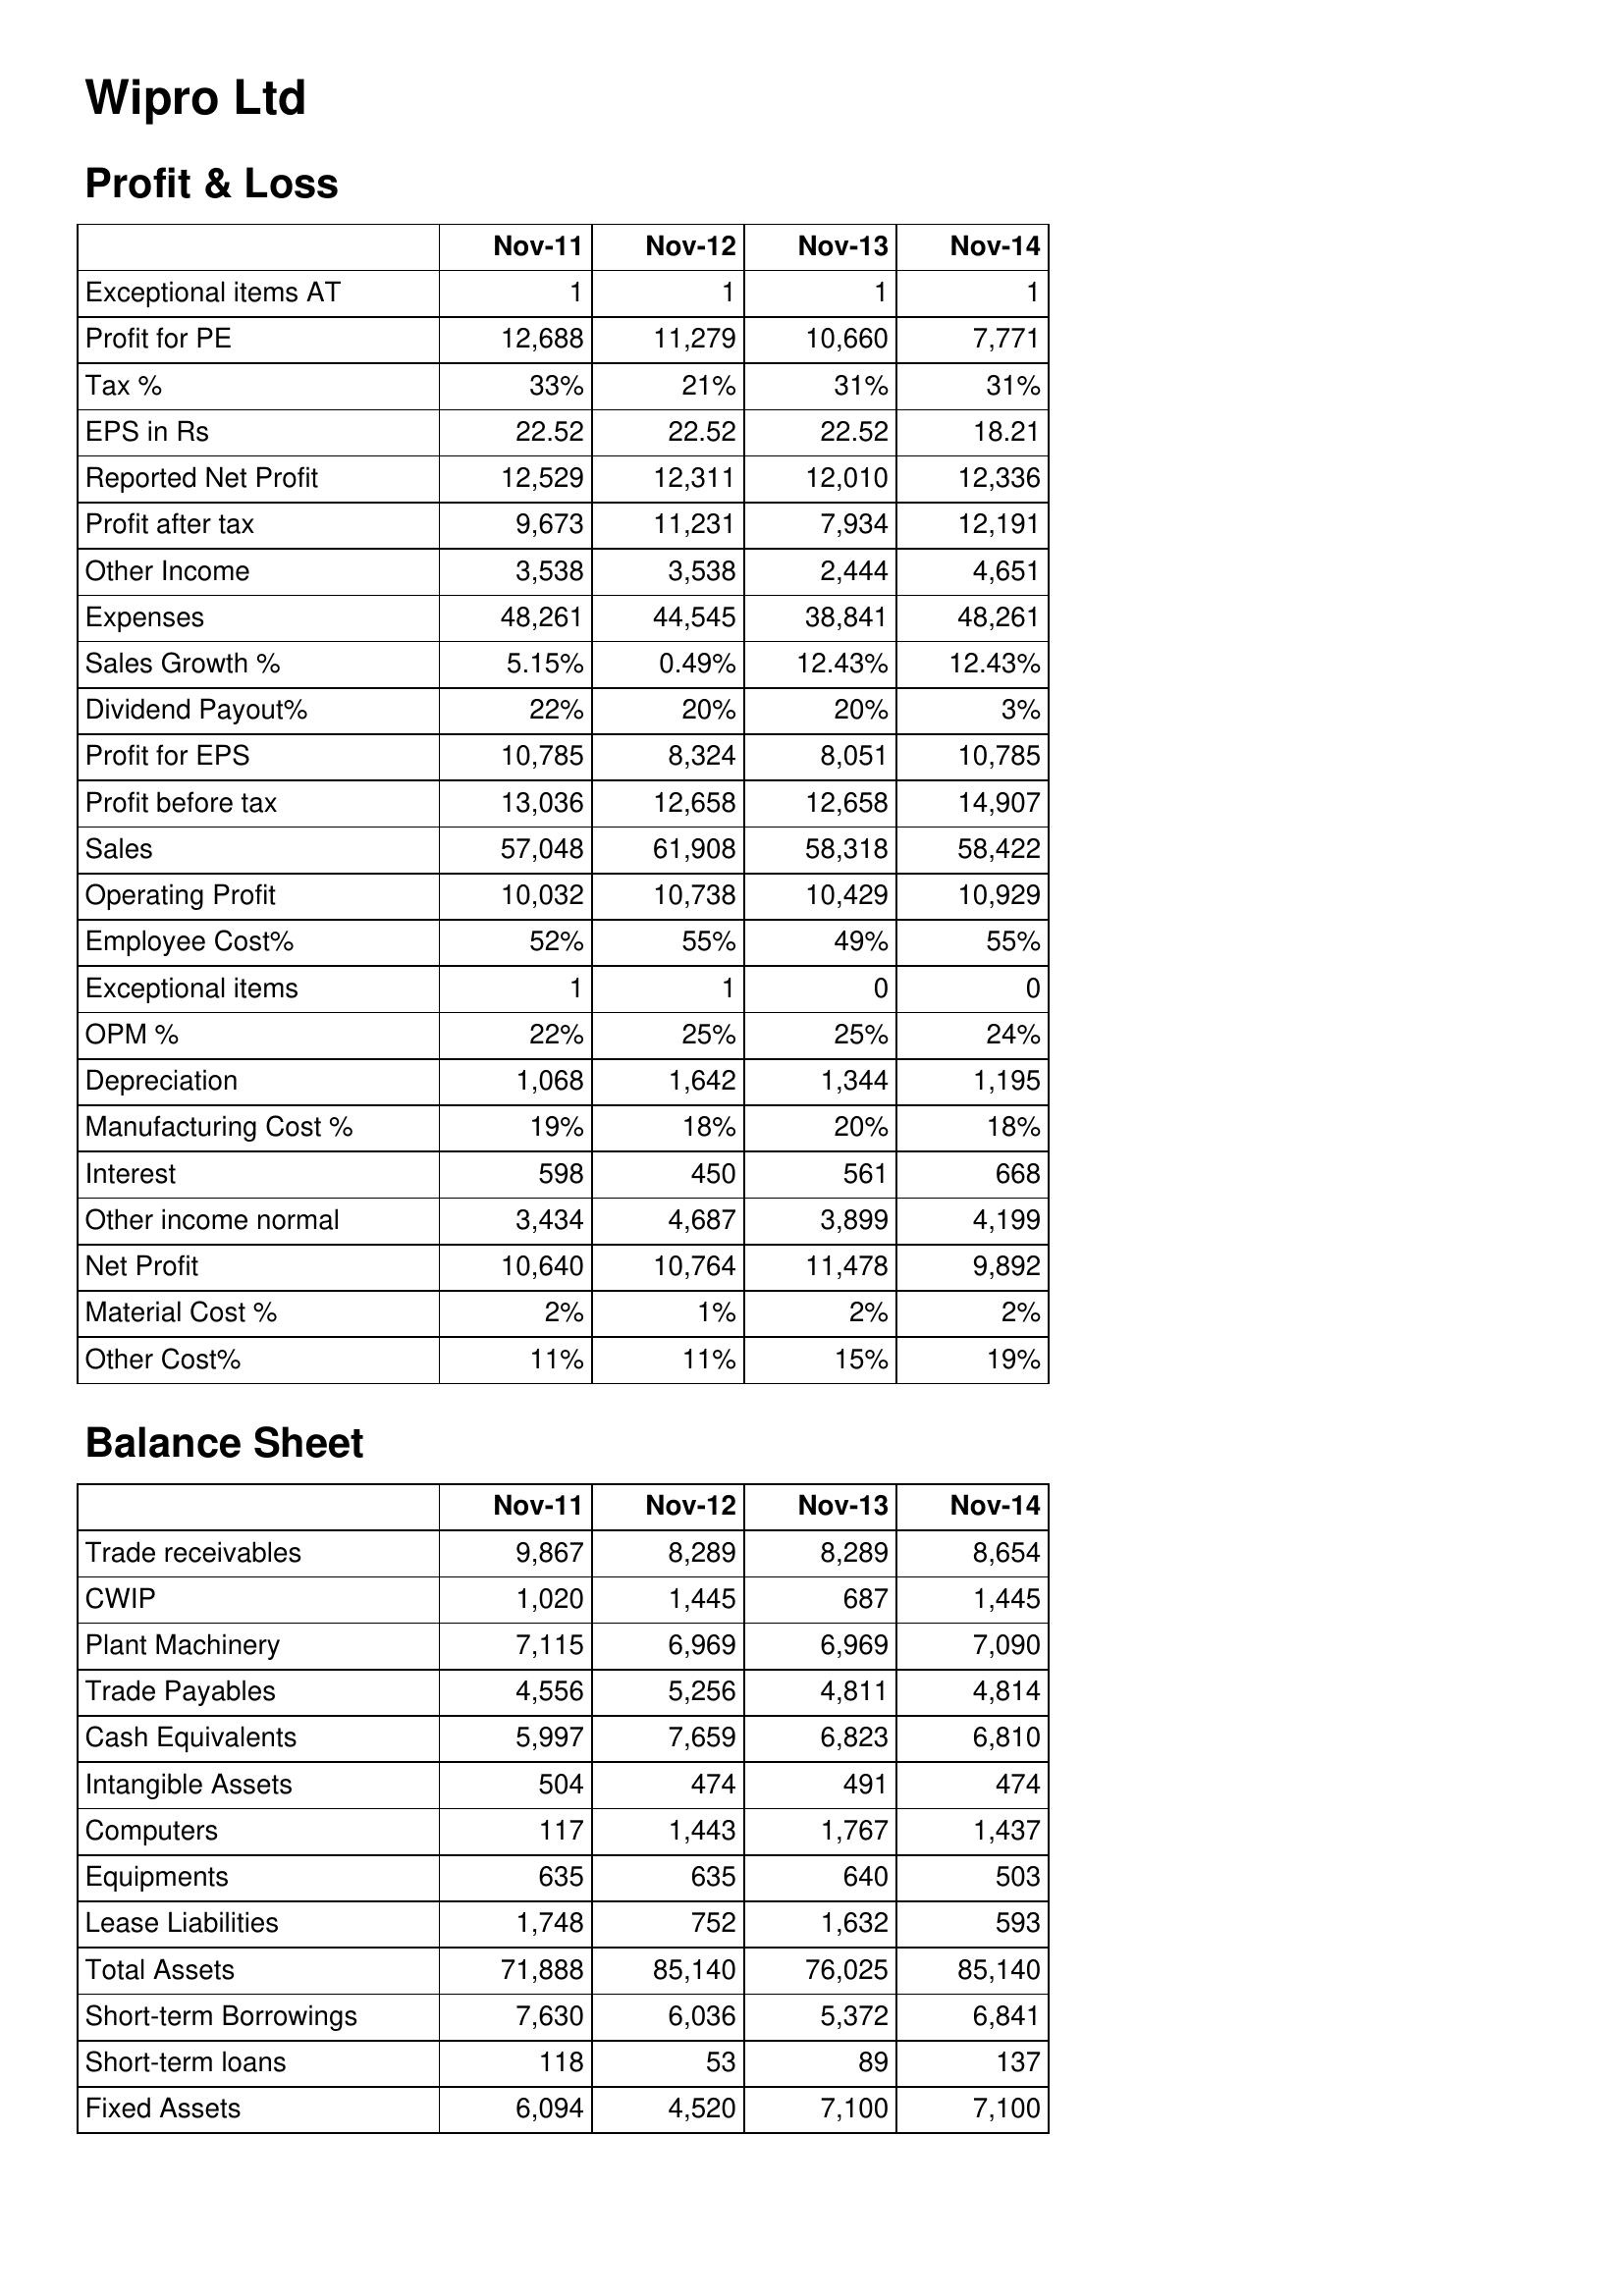
Nov-11: Profit & Loss: Exceptional items AT: 1
Profit for PE: 12,688
Tax %: 33%
EPS in Rs: 22.52
Reported Net Profit: 12,529
Profit after tax: 9,673
Other Income: 3,538
Expenses: 48,261
Sales Growth %: 5.15%
Dividend Payout%: 22%
Profit for EPS: 10,785
Profit before tax: 13,036
Sales: 57,048
Operating Profit: 10,032
Employee Cost%: 52%
Exceptional items: 1
OPM %: 22%
Depreciation: 1,068
Manufacturing Cost %: 19%
Interest: 598
Other income normal: 3,434
Net Profit: 10,640
Material Cost %: 2%
Other Cost%: 11%
Balance Sheet: Trade receivables: 9,867
CWIP: 1,020
Plant Machinery: 7,115
Trade Payables: 4,556
Cash Equivalents: 5,997
Intangible Assets: 504
Computers: 117
Equipments: 635
Lease Liabilities: 1,748
Total Assets: 71,888
Short-term Borrowings: 7,630
Short-term loans: 118
Fixed Assets: 6,094
Nov-12: Profit & Loss: Exceptional items AT: 1
Profit for PE: 11,279
Tax %: 21%
EPS in Rs: 22.52
Reported Net Profit: 12,311
Profit after tax: 11,231
Other Income: 3,538
Expenses: 44,545
Sales Growth %: 0.49%
Dividend Payout%: 20%
Profit for EPS: 8,324
Profit before tax: 12,658
Sales: 61,908
Operating Profit: 10,738
Employee Cost%: 55%
Exceptional items: 1
OPM %: 25%
Depreciation: 1,642
Manufacturing Cost %: 18%
Interest: 450
Other income normal: 4,687
Net Profit: 10,764
Material Cost %: 1%
Other Cost%: 11%
Balance Sheet: Trade receivables: 8,289
CWIP: 1,445
Plant Machinery: 6,969
Trade Payables: 5,256
Cash Equivalents: 7,659
Intangible Assets: 474
Computers: 1,443
Equipments: 635
Lease Liabilities: 752
Total Assets: 85,140
Short-term Borrowings: 6,036
Short-term loans: 53
Fixed Assets: 4,520
Nov-13: Profit & Loss: Exceptional items AT: 1
Profit for PE: 10,660
Tax %: 31%
EPS in Rs: 22.52
Reported Net Profit: 12,010
Profit after tax: 7,934
Other Income: 2,444
Expenses: 38,841
Sales Growth %: 12.43%
Dividend Payout%: 20%
Profit for EPS: 8,051
Profit before tax: 12,658
Sales: 58,318
Operating Profit: 10,429
Employee Cost%: 49%
Exceptional items: 0
OPM %: 25%
Depreciation: 1,344
Manufacturing Cost %: 20%
Interest: 561
Other income normal: 3,899
Net Profit: 11,478
Material Cost %: 2%
Other Cost%: 15%
Balance Sheet: Trade receivables: 8,289
CWIP: 687
Plant Machinery: 6,969
Trade Payables: 4,811
Cash Equivalents: 6,823
Intangible Assets: 491
Computers: 1,767
Equipments: 640
Lease Liabilities: 1,632
Total Assets: 76,025
Short-term Borrowings: 5,372
Short-term loans: 89
Fixed Assets: 7,100
Nov-14: Profit & Loss: Exceptional items AT: 1
Profit for PE: 7,771
Tax %: 31%
EPS in Rs: 18.21
Reported Net Profit: 12,336
Profit after tax: 12,191
Other Income: 4,651
Expenses: 48,261
Sales Growth %: 12.43%
Dividend Payout%: 3%
Profit for EPS: 10,785
Profit before tax: 14,907
Sales: 58,422
Operating Profit: 10,929
Employee Cost%: 55%
Exceptional items: 0
OPM %: 24%
Depreciation: 1,195
Manufacturing Cost %: 18%
Interest: 668
Other income normal: 4,199
Net Profit: 9,892
Material Cost %: 2%
Other Cost%: 19%
Balance Sheet: Trade receivables: 8,654
CWIP: 1,445
Plant Machinery: 7,090
Trade Payables: 4,814
Cash Equivalents: 6,810
Intangible Assets: 474
Computers: 1,437
Equipments: 503
Lease Liabilities: 593
Total Assets: 85,140
Short-term Borrowings: 6,841
Short-term loans: 137
Fixed Assets: 7,100